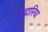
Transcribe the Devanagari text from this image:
वादारिया